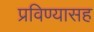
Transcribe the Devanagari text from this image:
प्रविण्यासह